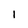
Character: l